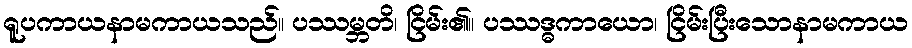
ရူပကာယနာမကာယသည်။ ပဿမ္ဘတိ၊ ငြိမ်း၏။ ပဿဒ္ဓကာယော၊ ငြိမ်းပြီးသောနာမကာယ